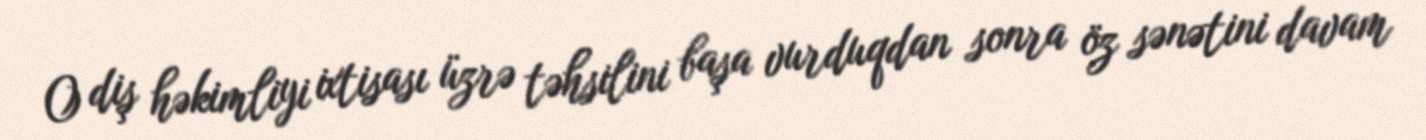
O diş həkimliyi ixtisası üzrə təhsilini başa vurduqdan sonra öz sənətini davam